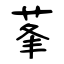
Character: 莑